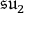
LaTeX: { \mathfrak { s u } } _ { 2 }